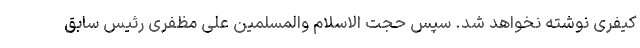
کیفری نوشته نخواهد شد. سپس حجت الاسلام والمسلمین علی مظفری رئیس سابق